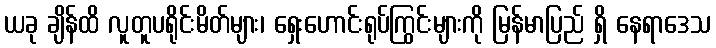
ယခု ချိန်ထိ လူတူပရိုင်းမိတ်များ၊ ရှေးဟောင်းရုပ်ကြွင်းများကို မြန်မာပြည် ရှိ နေရာဒေသ